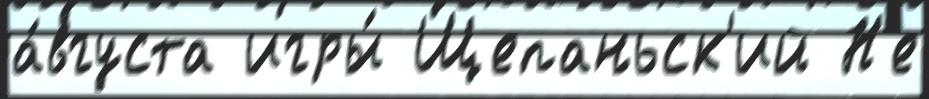
а́вгуста игры́ Щепаньск'ий Н'е